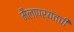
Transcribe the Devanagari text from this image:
मैलापर्यंतची